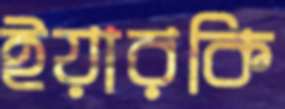
ইয়ারকি